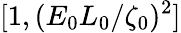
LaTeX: [1,(E_{0}L_{0}/\zeta_{0})^{2}]